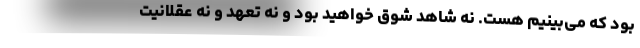
بود که می‌بینیم هست. نه شاهد شوق خواهید بود و نه تعهد و نه عقلانیت